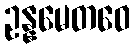
ဥန္နမေတဝေ